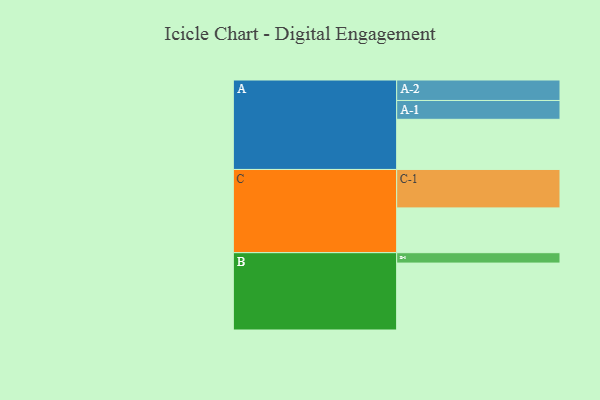
{"axis": {"x": "Segment", "y": "Value"}, "legend": ["", "A", "B", "C"], "data": [{"x": "A", "y": 338, "type": ""}, {"x": "B", "y": 451, "type": ""}, {"x": "C", "y": 302, "type": ""}, {"x": "A-1", "y": 127, "type": "A"}, {"x": "A-2", "y": 138, "type": "A"}, {"x": "B-1", "y": 70, "type": "B"}, {"x": "C-1", "y": 259, "type": "C"}]}